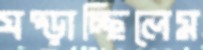
ঘষ্‌ড়াচ্ছিলেম